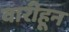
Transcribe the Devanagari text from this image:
वारीहून